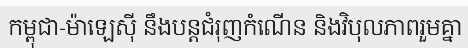
កម្ពុជា-ម៉ាឡេស៊ី នឹងបន្តជំរុញកំណើន និងវិបុលភាពរួមគ្នា